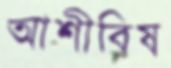
আশীবিষ